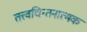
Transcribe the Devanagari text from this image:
तत्त्वचिन्तनात्मक